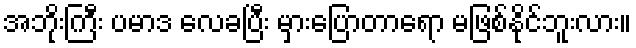
အဘိုးကြီး ပမာဒ လေခပြီး မှားပြောတာရော မဖြစ်နိုင်ဘူးလား။